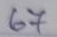
67